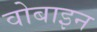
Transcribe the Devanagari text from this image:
वोबाइन